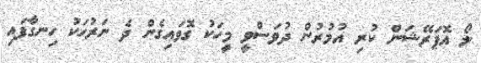
ލޯ އޮޕަރޭޝަން ކުރި އުމުރުން ދުވަސްވީ މީހަކު ގޮވައިގެން ދެ ނަރުހަކު ހިނގާފައި